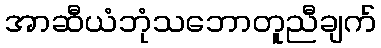
အာဆီယံဘုံသဘောတူညီချက်